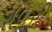
રાવરી